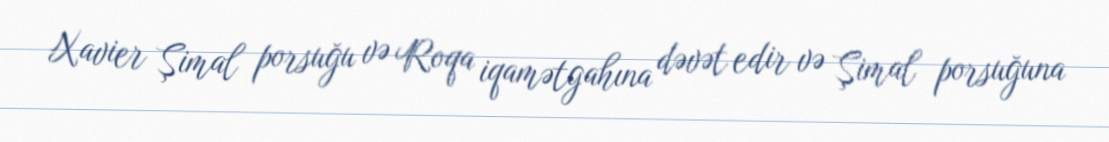
Xavier Şimal porsuğu və Roqa iqamətgahına dəvət edir və Şimal porsuğuna